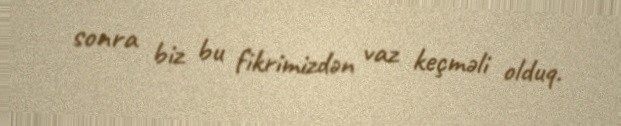
sonra biz bu fikrimizdən vaz keçməli olduq.